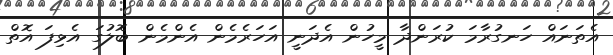
އެތަނައް ހަނގުރާމަ ކުރަންދާ މީހުން އެދަނީ އަހަރެމެން އެންމެން ބޮލުގަ އެޅިފަ އޮތް